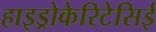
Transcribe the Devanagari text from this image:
हाइड्रोकेरिटेसिई